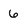
Character: 6